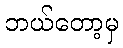
ဘယ်တော့မှ